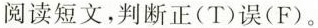
阅读短文,判断正(T)误(F).